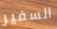
السفير